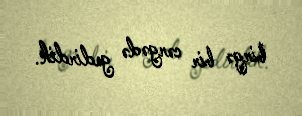
birgə bir cərgədə gedirdik.